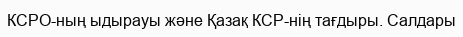
КСРО-ның ыдырауы және Қазақ КСР-нің тағдыры. Салдары